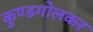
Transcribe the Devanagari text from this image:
कुण्डगोलकर